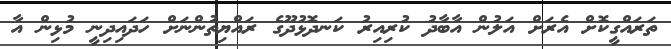
ތަރައްގީކޮށް އެރަށް އަލުން އާބާދު ކުރިއިރު ކަނދޮޅުދޫގެ ރައްޔިތުންނަށް ހަދައިދިނީ މުޅިން އާ